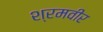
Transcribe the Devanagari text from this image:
श्रमवीर